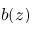
b ( z )